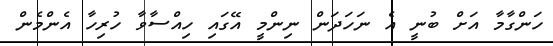
ހަންގާމާ އަށް ބުނީ އެ ނަހަދަން ނިންމީ އޭގައި ހިއްސާވާ ހުރިހާ އެންމެން